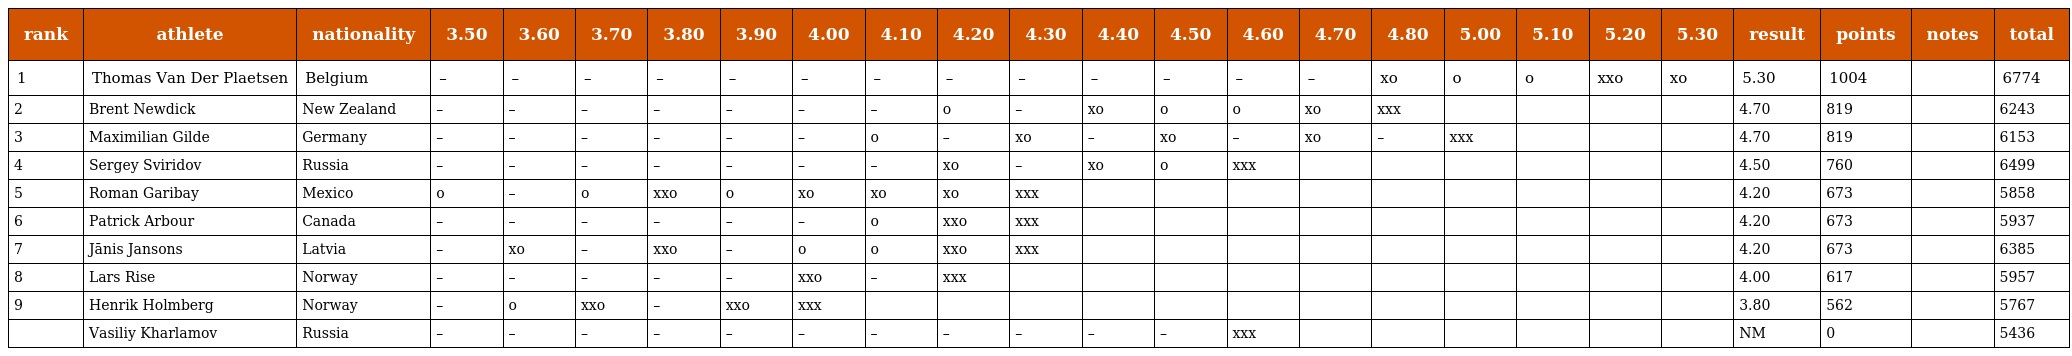
| rank | athlete | nationality | 3.50 | 3.60 | 3.70 | 3.80 | 3.90 | 4.00 | 4.10 | 4.20 | 4.30 | 4.40 | 4.50 | 4.60 | 4.70 | 4.80 | 5.00 | 5.10 | 5.20 | 5.30 | result | points | notes | total |
 | --- | --- | --- | --- | --- | --- | --- | --- | --- | --- | --- | --- | --- | --- | --- | --- | --- | --- | --- | --- | --- | --- | --- | --- | --- |
 | 1 | Thomas Van Der Plaetsen | Belgium | – | – | – | – | – | – | – | – | – | – | – | – | – | xo | o | o | xxo | xo | 5.30 | 1004 |  | 6774 |
 | 2 | Brent Newdick | New Zealand | – | – | – | – | – | – | – | o | – | xo | o | o | xo | xxx |  |  |  |  | 4.70 | 819 |  | 6243 |
 | 3 | Maximilian Gilde | Germany | – | – | – | – | – | – | o | – | xo | – | xo | – | xo | – | xxx |  |  |  | 4.70 | 819 |  | 6153 |
 | 4 | Sergey Sviridov | Russia | – | – | – | – | – | – | – | xo | – | xo | o | xxx |  |  |  |  |  |  | 4.50 | 760 |  | 6499 |
 | 5 | Roman Garibay | Mexico | o | – | o | xxo | o | xo | xo | xo | xxx |  |  |  |  |  |  |  |  |  | 4.20 | 673 |  | 5858 |
 | 6 | Patrick Arbour | Canada | – | – | – | – | – | – | o | xxo | xxx |  |  |  |  |  |  |  |  |  | 4.20 | 673 |  | 5937 |
 | 7 | Jānis Jansons | Latvia | – | xo | – | xxo | – | o | o | xxo | xxx |  |  |  |  |  |  |  |  |  | 4.20 | 673 |  | 6385 |
 | 8 | Lars Rise | Norway | – | – | – | – | – | xxo | – | xxx |  |  |  |  |  |  |  |  |  |  | 4.00 | 617 |  | 5957 |
 | 9 | Henrik Holmberg | Norway | – | o | xxo | – | xxo | xxx |  |  |  |  |  |  |  |  |  |  |  |  | 3.80 | 562 |  | 5767 |
 |  | Vasiliy Kharlamov | Russia | – | – | – | – | – | – | – | – | – | – | – | xxx |  |  |  |  |  |  | NM | 0 |  | 5436 |